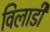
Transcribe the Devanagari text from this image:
विलाडी